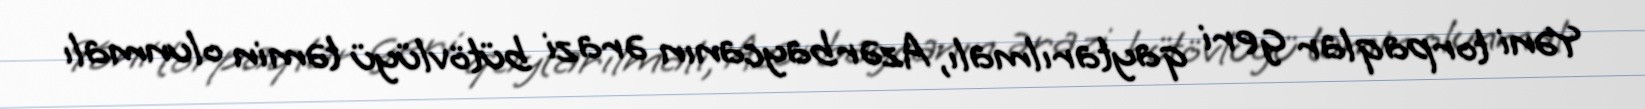
Yəni torpaqlar geri qaytarılmalı, Azərbaycanın ərazi bütövlüyü təmin olunmalı